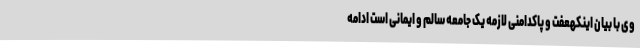
وی با بیان اینکهعفت و پاکدامنی لازمه یک جامعه سالم و ایمانی است ادامه